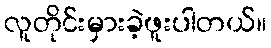
လူတိုင်းမှားခဲ့ဖူးပါတယ်။